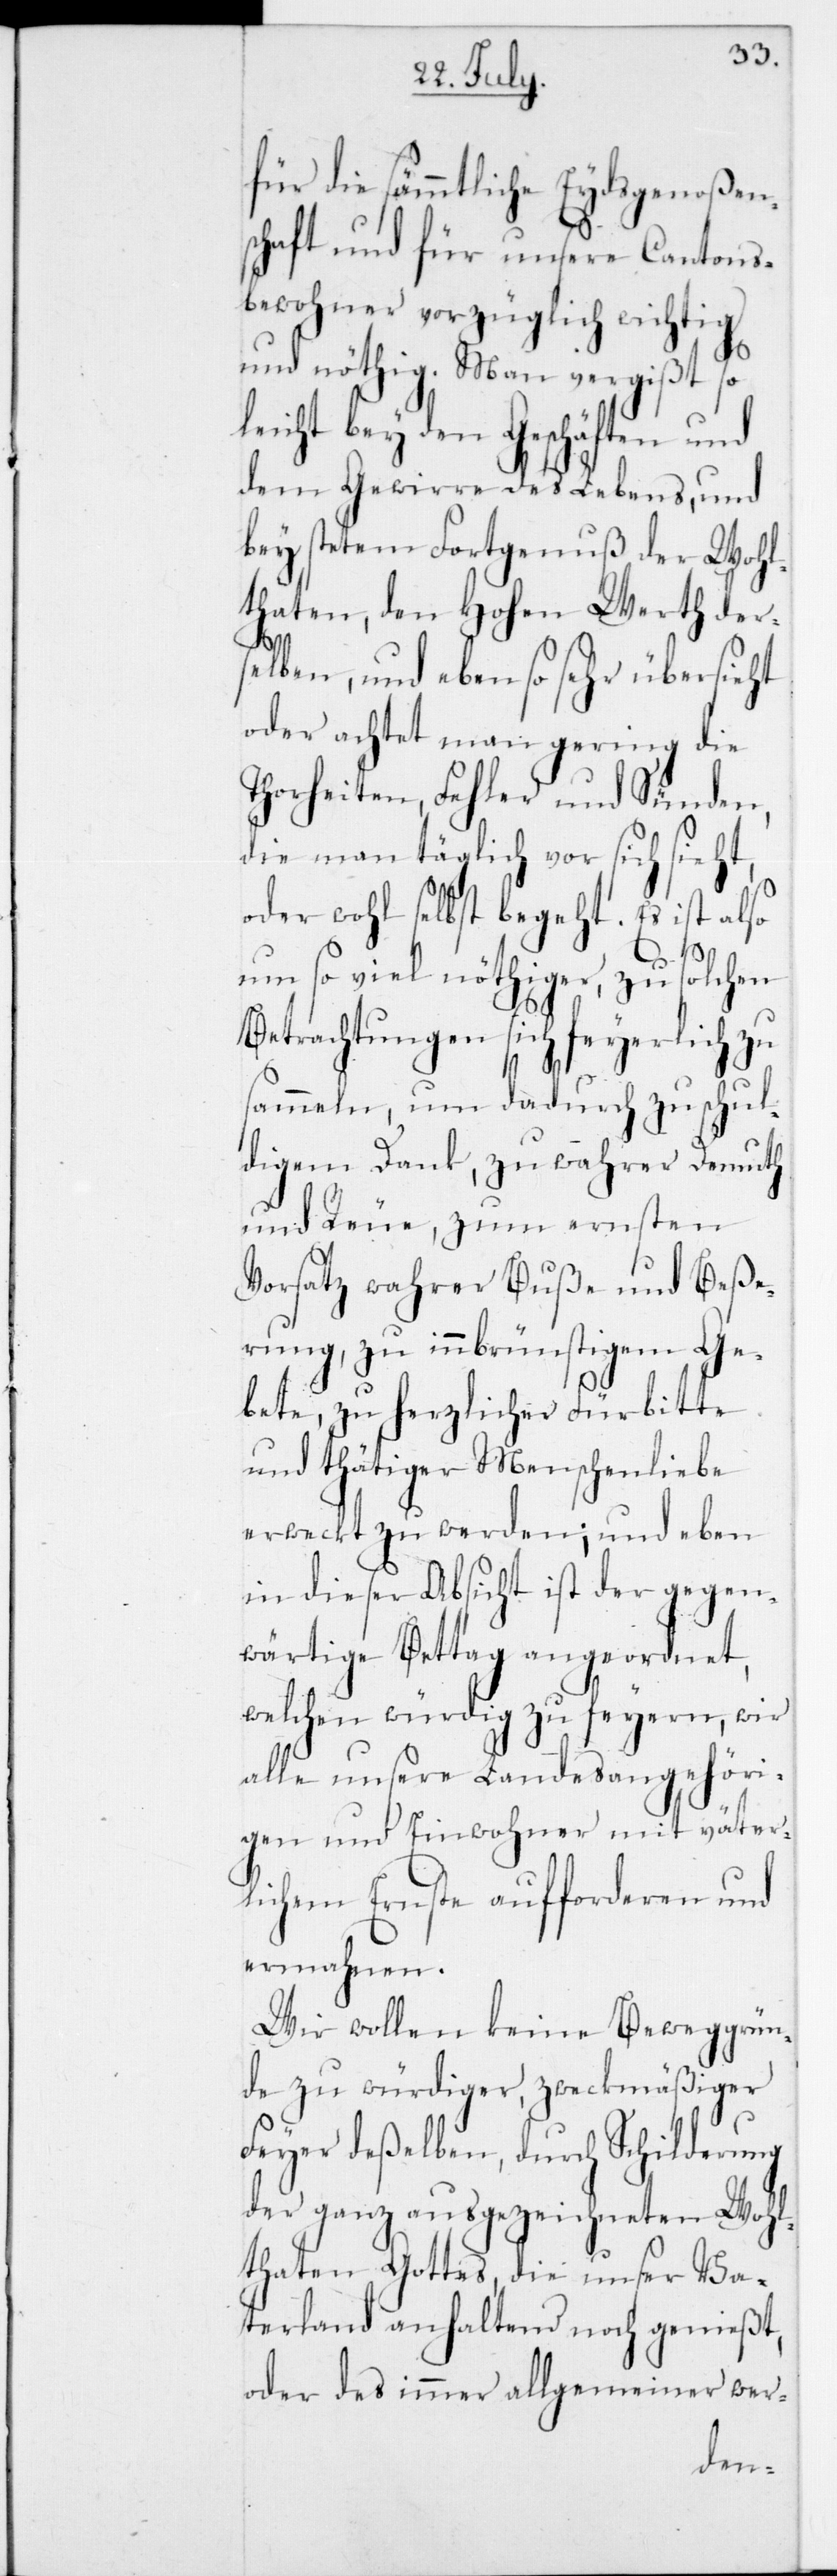
für die sämmtliche Eydsgenoßen¬
schaft und für unsere Cantons¬
bewohner vorzüglich
und nöthig. Man vergißt
leicht bey den Gesch¬
dem Gewirre des Lebens, und
bey stetem Fortgenuß der Woh¬
lthaten, den hohen Werth der¬
t,
selben, und ebenso sehr übersieht
oder achtet man gering die
Thorheiten, Fehler und Sünden,
die man täglich vor sich sieh¬
oder wohl selbst begeht. Es ist also
um so viel nöthiger, zu solchen
Betrachtungen sich feyerlich zu
sammeln, um dadurch zu schul¬
digem Dank, zu wahrer Demuth
und Reue zum ernsten
Vorsatz wahrer Buße und Beße¬
rung, zu innbrünstigem Ge¬
bete, zu herzlicher Fürbitte
und thätiger Menschenliebe
erweckt zu werden; und eben
in dieser Absicht ist der gegen¬
wärtige Bettag angeordnet,
welchen würdig zu feyern, wir
alle unsere Landesangehöri¬
gen und Einwohner mit väter¬
lichem Ernste aufforderen und
ermahnen.
Wir wollen keine Beweggrün¬
de zu würdiger, zweckmäßiger
Feyer deßelben, durch Schilderung
der ganz ausgezeichneten Wohl¬
thaten Gottes, die unser Va¬
terland anhaltend noch genießt,
oder des immer allgemeiner wer-
ten